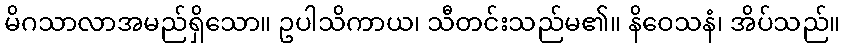
မိဂသာလာအမည်ရှိသော။ ဥပါသိကာယ၊ သီတင်းသည်မ၏။ နိဝေသနံ၊ အိပ်သည်။